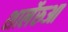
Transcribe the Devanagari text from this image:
शार्लेरुआ